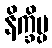
နိက္ခိပ္ပ